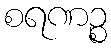
စရဏဉ္စ